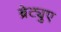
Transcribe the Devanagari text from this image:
ब्रेट्युए